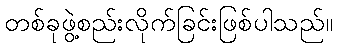
တစ်ခုဖွဲ့စည်းလိုက်ခြင်းဖြစ်ပါသည်။